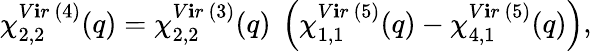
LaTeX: \chi_{2,2}^{V\mathbf{i}r~(4)}(q)=\chi_{2,2}^{V\mathbf{i}r~(3)}(q){}~\left(\chi_{1,1}^{V\mathbf{i}r~(5)}(q)-\chi_{4,1}^{V\mathbf{i}r~(5)}(q)\right),